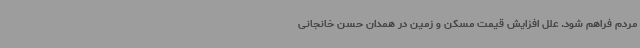
مردم فراهم شود. علل افزایش قیمت مسکن و زمین در همدان حسن خانجانی